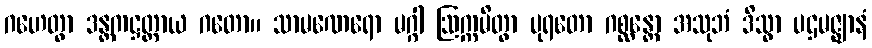
ဂဟေတွာ ဒန္တကဋ္ဌတ္ထာယ ဂတော။ သာမဏေရော မဂ္ဂါ ဩက္ကမိတွာ ပုရတော ဂစ္ဆန္တော အသုဘံ ဒိသွာ ပဌမဇ္ဈာနံ